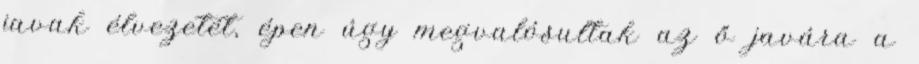
javak élvezetét, épen úgy megvalósultak az ő javára a